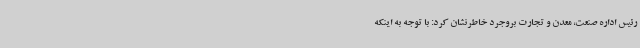
رئیس اداره صنعت، معدن و تجارت بروجرد خاطرنشان کرد: با توجه به اینکه